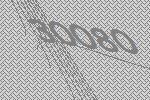
30080